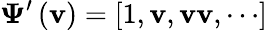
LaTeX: {\boldsymbol{\Psi}}^{\prime}\left({\mathbf{v}}\right)=\left[{1,{\mathbf{v}},{\mathbf{vv}},\cdots}\right]